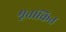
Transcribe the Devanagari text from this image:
मूतांकित